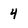
Character: 4